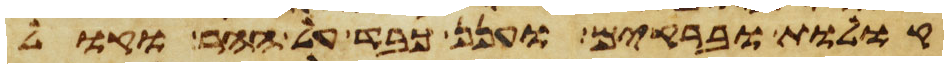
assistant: קולות וברקים וענן כבד על ההר וקול